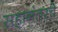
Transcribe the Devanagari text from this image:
सहानंतरचे